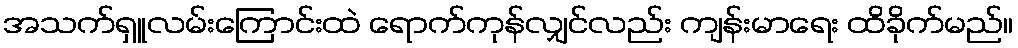
အသက်ရှူလမ်းကြောင်းထဲ ရောက်ကုန်လျှင်လည်း ကျန်းမာရေး ထိခိုက်မည်။